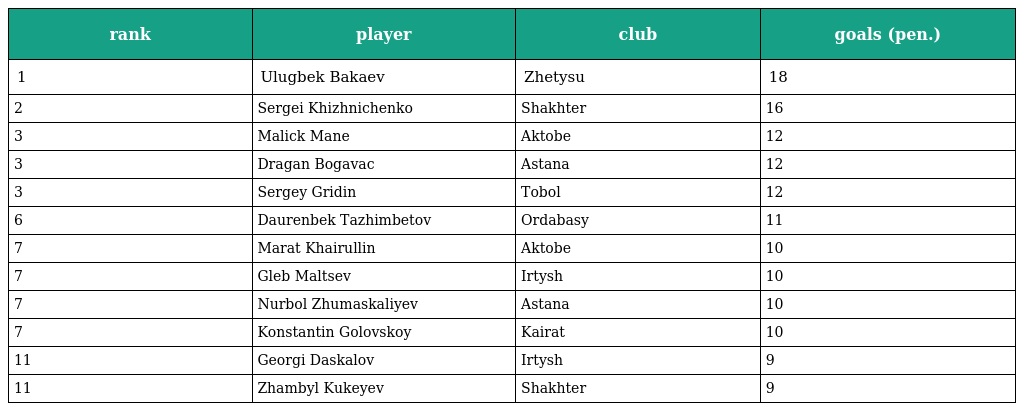
| rank | player | club | goals (pen.) |
 | --- | --- | --- | --- |
 | 1 | Ulugbek Bakaev | Zhetysu | 18 |
 | 2 | Sergei Khizhnichenko | Shakhter | 16 |
 | 3 | Malick Mane | Aktobe | 12 |
 | 3 | Dragan Bogavac | Astana | 12 |
 | 3 | Sergey Gridin | Tobol | 12 |
 | 6 | Daurenbek Tazhimbetov | Ordabasy | 11 |
 | 7 | Marat Khairullin | Aktobe | 10 |
 | 7 | Gleb Maltsev | Irtysh | 10 |
 | 7 | Nurbol Zhumaskaliyev | Astana | 10 |
 | 7 | Konstantin Golovskoy | Kairat | 10 |
 | 11 | Georgi Daskalov | Irtysh | 9 |
 | 11 | Zhambyl Kukeyev | Shakhter | 9 |